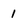
Character: 1